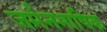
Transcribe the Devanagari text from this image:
जर्मनभाषिक